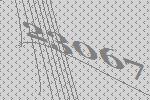
23067